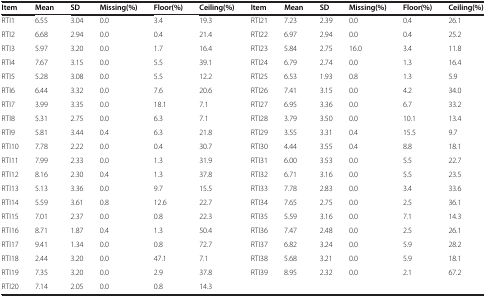
<table><thead><tr><td><b>Item</b></td><td><b>Mean</b></td><td><b>SD</b></td><td><b>Missing(%)</b></td><td><b>Floor(%)</b></td><td><b>Ceiling(%)</b></td><td><b>Item</b></td><td><b>Mean</b></td><td><b>SD</b></td><td><b>Missing(%)</b></td><td><b>Floor(%)</b></td><td><b>Ceiling(%)</b></td></tr></thead><tbody><tr><td>RTI1</td><td>6.55</td><td>3.04</td><td>0.0</td><td>3.4</td><td>19.3</td><td>RTI21</td><td>7.23</td><td>2.39</td><td>0.0</td><td>0.4</td><td>26.1</td></tr><tr><td>RTI2</td><td>6.68</td><td>2.94</td><td>0.0</td><td>0.4</td><td>21.4</td><td>RTI22</td><td>6.97</td><td>2.94</td><td>0.0</td><td>0.4</td><td>25.2</td></tr><tr><td>RTI3</td><td>5.97</td><td>3.20</td><td>0.0</td><td>1.7</td><td>16.4</td><td>RTI23</td><td>5.84</td><td>2.75</td><td>16.0</td><td>3.4</td><td>11.8</td></tr><tr><td>RTI4</td><td>7.67</td><td>3.15</td><td>0.0</td><td>5.5</td><td>39.1</td><td>RTI24</td><td>6.79</td><td>2.74</td><td>0.0</td><td>1.3</td><td>16.4</td></tr><tr><td>RTI5</td><td>5.28</td><td>3.08</td><td>0.0</td><td>5.5</td><td>12.2</td><td>RTI25</td><td>6.53</td><td>1.93</td><td>0.8</td><td>1.3</td><td>5.9</td></tr><tr><td>RTI6</td><td>6.44</td><td>3.32</td><td>0.0</td><td>7.6</td><td>20.6</td><td>RTI26</td><td>7.41</td><td>3.15</td><td>0.0</td><td>4.2</td><td>34.0</td></tr><tr><td>RTI7</td><td>3.99</td><td>3.35</td><td>0.0</td><td>18.1</td><td>7.1</td><td>RTI27</td><td>6.95</td><td>3.36</td><td>0.0</td><td>6.7</td><td>33.2</td></tr><tr><td>RTI8</td><td>5.31</td><td>2.75</td><td>0.0</td><td>6.3</td><td>7.1</td><td>RTI28</td><td>3.79</td><td>3.50</td><td>0.0</td><td>10.1</td><td>13.4</td></tr><tr><td>RTI9</td><td>5.81</td><td>3.44</td><td>0.4</td><td>6.3</td><td>21.8</td><td>RTI29</td><td>3.55</td><td>3.31</td><td>0.4</td><td>15.5</td><td>9.7</td></tr><tr><td>RTI10</td><td>7.78</td><td>2.22</td><td>0.0</td><td>0.4</td><td>30.7</td><td>RTI30</td><td>4.44</td><td>3.55</td><td>0.4</td><td>8.8</td><td>18.1</td></tr><tr><td>RTI11</td><td>7.99</td><td>2.33</td><td>0.0</td><td>1.3</td><td>31.9</td><td>RTI31</td><td>6.00</td><td>3.53</td><td>0.0</td><td>5.5</td><td>22.7</td></tr><tr><td>RTI12</td><td>8.16</td><td>2.30</td><td>0.4</td><td>1.3</td><td>37.8</td><td>RTI32</td><td>6.71</td><td>3.16</td><td>0.0</td><td>5.5</td><td>23.5</td></tr><tr><td>RTI13</td><td>5.13</td><td>3.36</td><td>0.0</td><td>9.7</td><td>15.5</td><td>RTI33</td><td>7.78</td><td>2.83</td><td>0.0</td><td>3.4</td><td>33.6</td></tr><tr><td>RTI14</td><td>5.59</td><td>3.61</td><td>0.8</td><td>12.6</td><td>22.7</td><td>RTI34</td><td>7.65</td><td>2.75</td><td>0.0</td><td>2.5</td><td>36.1</td></tr><tr><td>RTI15</td><td>7.01</td><td>2.37</td><td>0.0</td><td>0.8</td><td>22.3</td><td>RTI35</td><td>5.59</td><td>3.16</td><td>0.0</td><td>7.1</td><td>14.3</td></tr><tr><td>RTI16</td><td>8.71</td><td>1.87</td><td>0.4</td><td>1.3</td><td>50.4</td><td>RTI36</td><td>7.47</td><td>2.48</td><td>0.0</td><td>2.5</td><td>26.1</td></tr><tr><td>RTI17</td><td>9.41</td><td>1.34</td><td>0.0</td><td>0.8</td><td>72.7</td><td>RTI37</td><td>6.82</td><td>3.24</td><td>0.0</td><td>5.9</td><td>28.2</td></tr><tr><td>RTI18</td><td>2.44</td><td>3.20</td><td>0.0</td><td>47.1</td><td>7.1</td><td>RTI38</td><td>5.68</td><td>3.21</td><td>0.0</td><td>5.9</td><td>18.1</td></tr><tr><td>RTI19</td><td>7.35</td><td>3.20</td><td>0.0</td><td>2.9</td><td>37.8</td><td>RTI39</td><td>8.95</td><td>2.32</td><td>0.0</td><td>2.1</td><td>67.2</td></tr><tr><td>RTI20</td><td>7.14</td><td>2.05</td><td>0.0</td><td>0.8</td><td>14.3</td><td> </td><td> </td><td> </td><td> </td><td> </td><td> </td></tr></tbody></table>